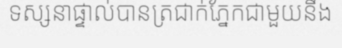
ទស្សនាផ្ទាល់បានត្រជាក់ភ្នែកជាមួយនឹង